Civil Veterinary Dept. Bombay admin report 1923-31 - 1923-1931
Year: 1923
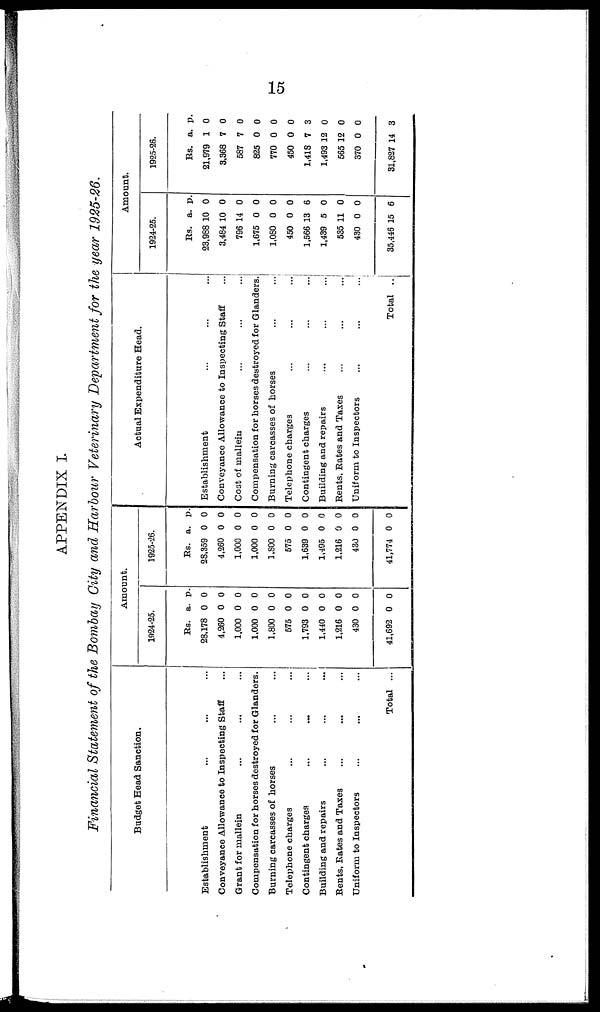
15
APPENDIX I
Financial Statement of the Bombay City and Harbour Veterinary Department for the year 1925-26.
Budget Head Sanction.
Establishment ... ... ...
Conveyance Allowance to Inspecting Staff ...
Grant for mallein ... ... ...
Compensation for horses destroyed for Glanders.
Burning carcasses of horses ... ...
Telephone charges ... ... ...
Contingent charges ... ... ...
Building and repairs ... ... ...
Bents, Kates and Taxes ... ... ...
Uniform to Inspectors ... ... ...
Total ...
Amount.
1924-25.
Rs.
28,178
4,260
1,000
1,000
1,800
575
1,793
1,440
1,216
430
41,692
a.
0
0
0
0
0
0
0
0
0
0
0
p.
0
0
0
0
0
0
0
0
0
0
0
1925-26.
Rs.
28,359
4,260
1,000
1,000
1,800
575
1,639
1,495
1,216
430
41,774
a.
0
0
0
0
0
0
0
0
0
0
0
p.
0
0
0
0
0
0
0
0
0
0
0
Actual Expenditure Head.
Establishment ... ... ...
Conveyance Allowance to Inspecting Staff ...
Cost of mallein ... ... ...
Compensation for horses destroyed for Glanders.
Burning carcasses of horses ... ...
Telephone charges ... ... ...
Contingent charges ... ... ...
Building and repairs ... ... ...
Rents, Bates and Taxes ... ... ...
Uniform to Inspectors ... ... ...
Total ...
Amount.
1924-25.
Rs.
23,988
3,484
796
1,675
1,080
450
1,566
1,439
535
430
35,446
a.
10
10
14
0
0
0
13
5
11
0
15
p.
0
0
0
0
0
0
6
0
0
0
6
1925-26.
Rs.
21,979
3,368
587
825
770
450
1,418
1,493
565
370
31,827
a.
1
7
7
0
0
0
7
12
12
0
14
p.
0
0
0
0
0
0
3
0
0
0
3